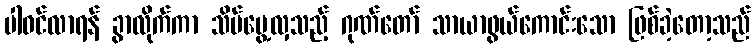
ပါဝင်လာရန် ခွာလိုက်ကာ သိမ်မွေ့လှသည့် ဂုဏ်တော် သာယာဖွယ်ကောင်းသော ဖြစ်ခဲ့တော့သည်